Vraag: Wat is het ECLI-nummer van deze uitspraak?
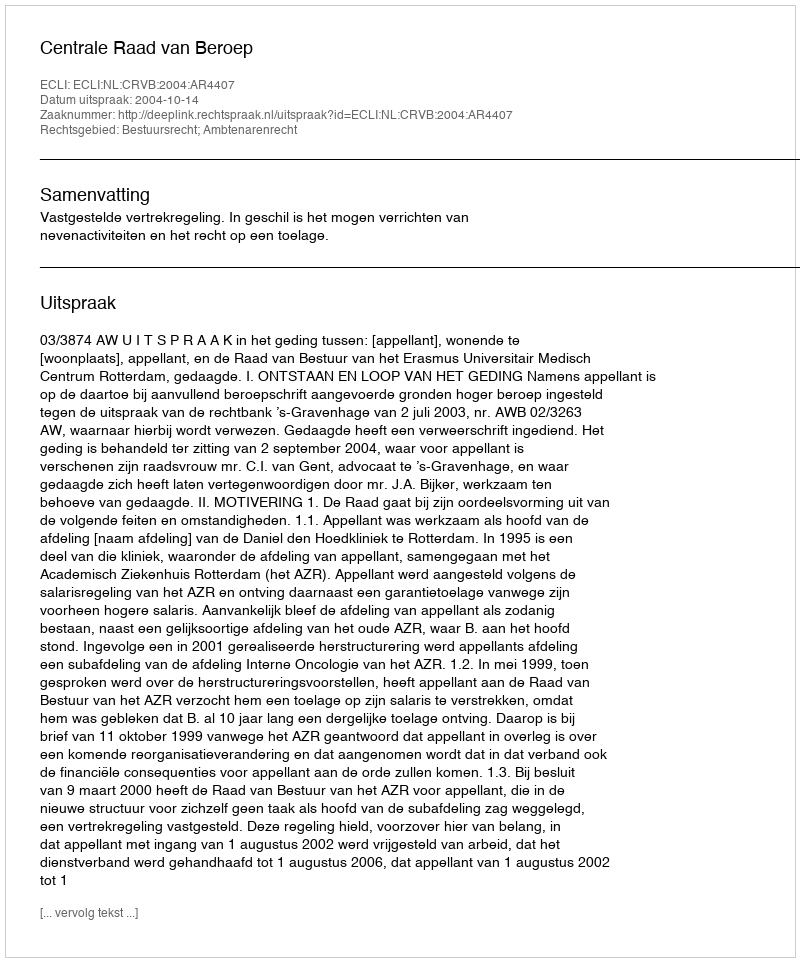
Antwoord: ECLI:NL:CRVB:2004:AR4407